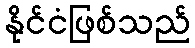
နိုင်ငံဖြစ်သည်